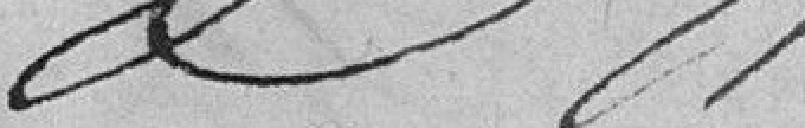
?